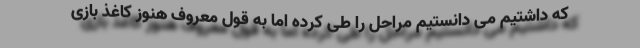
که داشتیم می دانستیم مراحل را طی کرده اما به قول معروف هنوز کاغذ بازی